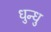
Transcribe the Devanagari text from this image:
धुन्धु